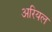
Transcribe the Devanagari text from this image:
अरियल